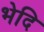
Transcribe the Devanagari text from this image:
भेदि